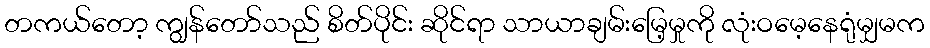
တကယ်တော့ ကျွန်တော်သည် စိတ်ပိုင်း ဆိုင်ရာ သာယာချမ်းမြေ့မှုကို လုံးဝမေ့နေရုံမျှမက